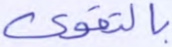
بالتقوى